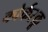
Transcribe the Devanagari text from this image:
कोर्कस्क्रू